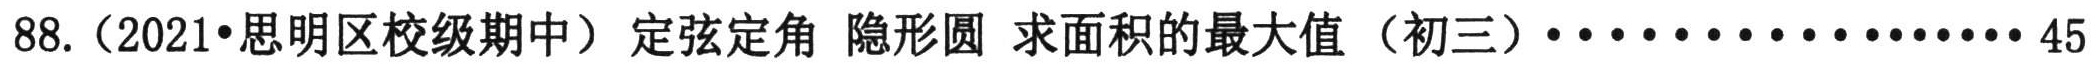
88.（2021•思明区校级期中）定弦定角 隐形圆 求面积的最大值（初三）··················45